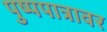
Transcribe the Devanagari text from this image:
पुष्पपात्रावर